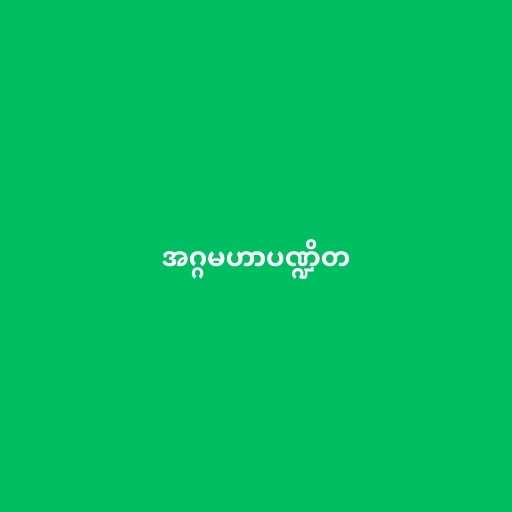
အဂ္ဂမဟာပဏ္ဍိတ